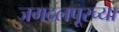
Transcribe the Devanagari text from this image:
जगदलपूरच्या